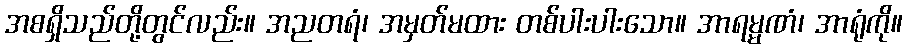
အစရှိသည်တို့တွင်လည်း။ အညတရံ၊ အမှတ်မထား တစ်ပါးပါးသော။ အာရမ္မဏံ၊ အာရုံကို။